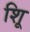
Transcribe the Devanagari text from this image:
शूि